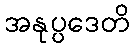
အနုပ္ပဒေတိ